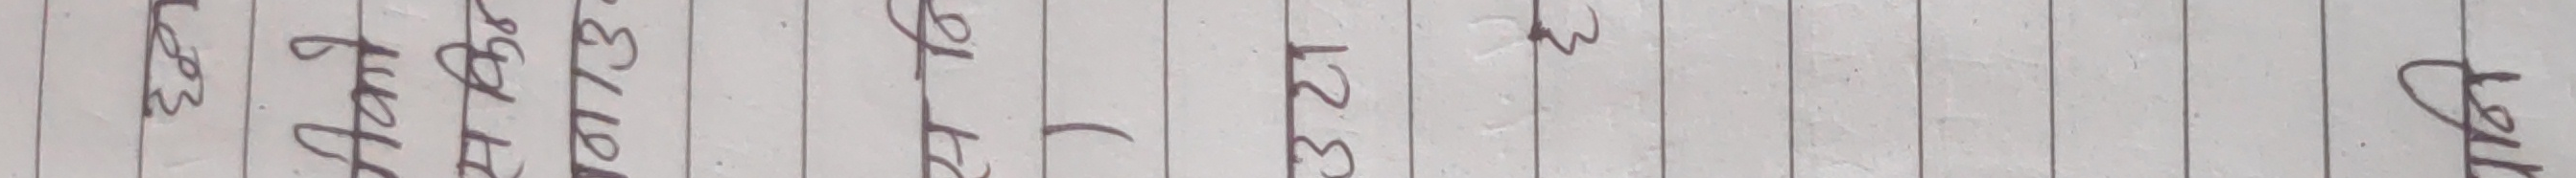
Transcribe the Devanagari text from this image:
१.३२१
जुलाई २६, २०२३